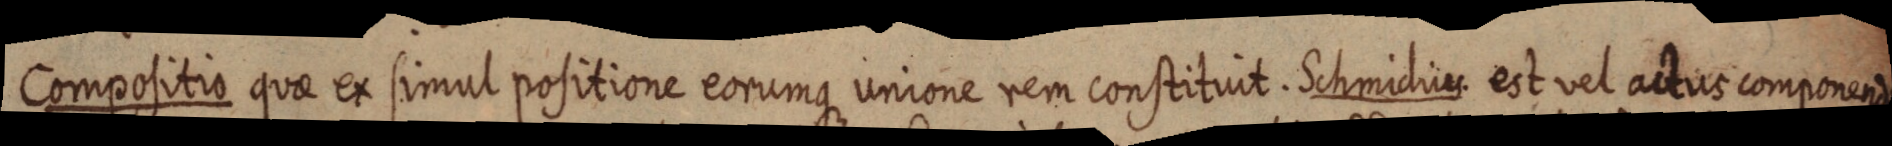
Compositio quae ex simul positione eorumque unione rem constituit. Schmidius. est vel actus componendi